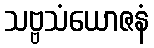
သဗ္ဗသံယောဇနံ